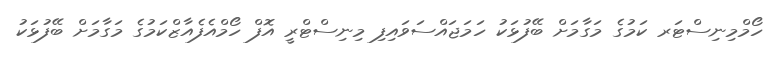
ހޯމްމިނިސްޓަރ ކަމުގެ މަގާމަށް ބޭފުޅަކު ހަމަޖައްސަވައިފި މިނިސްޓްރީ އޮފް ހޯމްއެފެއާޒްކަމުގެ މަގާމަށް ބޭފުޅަކު